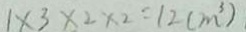
1 \times 3 \times 2 \times 2 = 1 2 ( m ^ { 3 } )